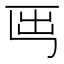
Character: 𡴈